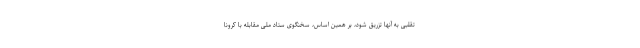
تقلبی به آنها تزریق شود، بر همین اساس، سخنگوی ستاد ملی مقابله با کرونا